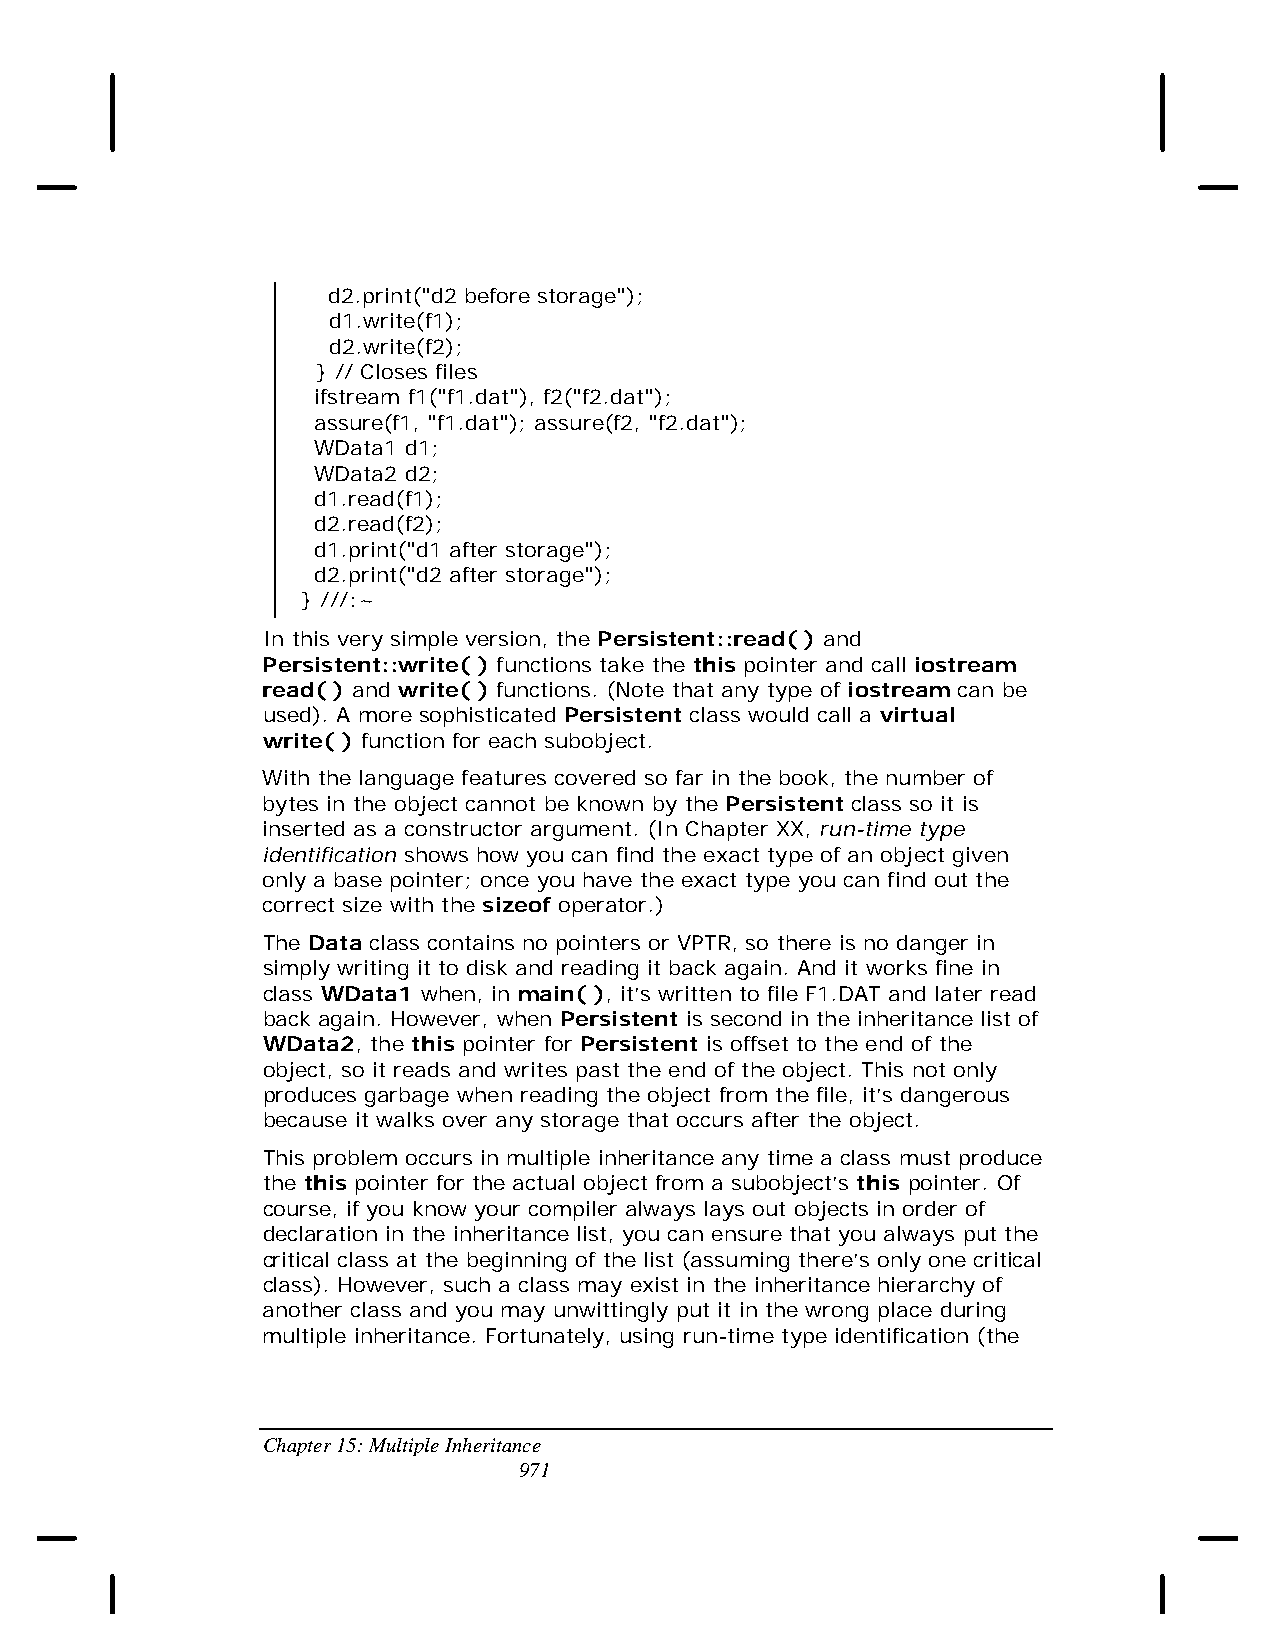
d2.print("d2 before storage");
 d1.write(f1);
 d2.write(f2);
 } // Closes files
 ifstream f1("f1.dat"), f2("f2.dat");
 assure(f1, "f1.dat"); assure(f2, "f2.dat");
 WData1 d1;
 WData2 d2;
 d1.read(f1);
 d2.read(f2);
 d1.print("d1 after storage");
 d2.print("d2 after storage");
 } ///:~
 In this very simple version, the Persistent::read( ) and
 Persistent::write( ) functions take the this pointer and call iostream
 read( ) and write( ) functions. (Note that any type of iostream can be
 used). A more sophisticated Persistent class would call a virtual
 write( ) function for each subobject.
 With the language features covered so far in the book, the number of
 bytes in the object cannot be known by the Persistent class so it is
 inserted as a constructor argument. (In Chapter XX, run-time type
 identification shows how you can find the exact type of an object given
 only a base pointer; once you have the exact type you can find out the
 correct size with the sizeof operator.)
 The Data class contains no pointers or VPTR, so there is no danger in
 simply writing it to disk and reading it back again. And it works fine in
 class WData1 when, in main( ), it’s written to file F1.DAT and later read
 back again. However, when Persistent is second in the inheritance list of
 WData2, the this pointer for Persistent is offset to the end of the
 object, so it reads and writes past the end of the object. This not only
 produces garbage when reading the object from the file, it’s dangerous
 because it walks over any storage that occurs after the object.
 This problem occurs in multiple inheritance any time a class must produce
 the this pointer for the actual object from a subobject’s this pointer. Of
 course, if you know your compiler always lays out objects in order of
 declaration in the inheritance list, you can ensure that you always put the
 critical class at the beginning of the list (assuming there’s only one critical
 class). However, such a class may exist in the inheritance hierarchy of
 another class and you may unwittingly put it in the wrong place during
 multiple inheritance. Fortunately, using run-time type identification (the
 Chapter 15: Multiple Inheritance
 971